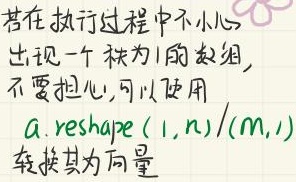
若在执行过程中不小心出现一个秩为1的数组,不要担心,可以使用\(a. reshape(1, n)/(m, 1)\)转换其为向量